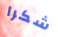
شكرا